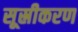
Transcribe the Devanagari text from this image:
सूस्रीकरण